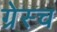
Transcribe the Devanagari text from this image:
ग्रेस्च